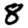
Digit: 8